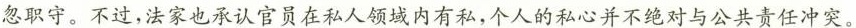
忽职守。不过，法家也承认官员在私人领城内有私，个人的私心并不绝对与公共责任冲突。